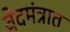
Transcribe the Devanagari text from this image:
वेदमंत्रात